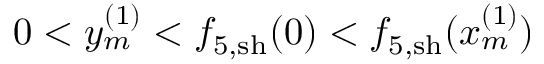
0 < y _ { m } ^ { ( 1 ) } < { f } _ { 5 , \mathrm { s h } } ( 0 ) < f _ { 5 , \mathrm { s h } } ( x _ { m } ^ { ( 1 ) } )